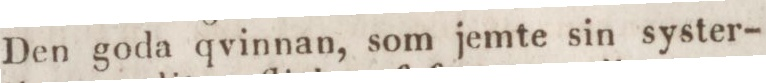
Den goda qvinnan, som jemte sin syster-